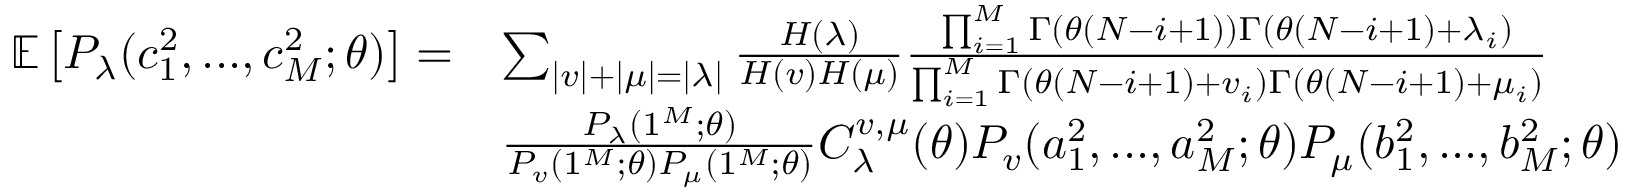
\begin{array} { r l } { \mathbb { E } \left[ P _ { \lambda } ( c _ { 1 } ^ { 2 } , . . . , c _ { M } ^ { 2 } ; \theta ) \right] = } & { \sum _ { | v | + | \mu | = | \lambda | } \frac { H ( \lambda ) } { H ( v ) H ( \mu ) } \frac { \prod _ { i = 1 } ^ { M } \Gamma ( \theta ( N - i + 1 ) ) \Gamma ( \theta ( N - i + 1 ) + \lambda _ { i } ) } { \prod _ { i = 1 } ^ { M } \Gamma ( \theta ( N - i + 1 ) + v _ { i } ) \Gamma ( \theta ( N - i + 1 ) + \mu _ { i } ) } } \\ & { \frac { P _ { \lambda } ( 1 ^ { M } ; \theta ) } { P _ { v } ( 1 ^ { M } ; \theta ) P _ { \mu } ( 1 ^ { M } ; \theta ) } C _ { \lambda } ^ { v , \mu } ( \theta ) P _ { v } ( a _ { 1 } ^ { 2 } , . . . , a _ { M } ^ { 2 } ; \theta ) P _ { \mu } ( b _ { 1 } ^ { 2 } , . . . , b _ { M } ^ { 2 } ; \theta ) } \end{array}